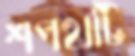
শপথটি